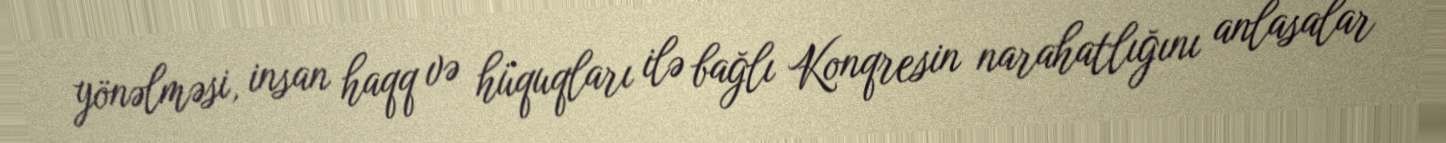
yönəlməsi, insan haqq və hüquqları ilə bağlı Konqresin narahatlığını anlasalar